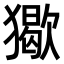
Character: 𤢔